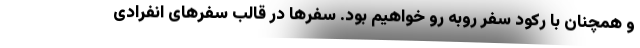
و همچنان با رکود سفر روبه رو خواهیم بود. سفرها در قالب سفرهای انفرادی